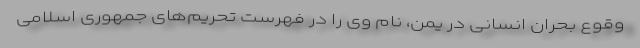
وقوع بحران انسانی در یمن، نام وی را در فهرست تحریم‌های جمهوری اسلامی